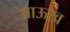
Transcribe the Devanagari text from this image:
आऊख